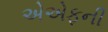
એએફની